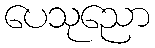
ပေသုညော